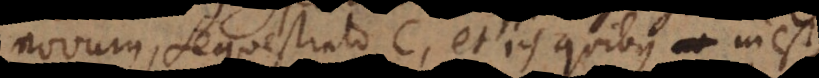
novum, sequestrato C, et iis quibus inest,